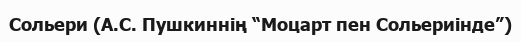
Сольери (А.С. Пушкиннің “Моцарт пен Сольериінде”)